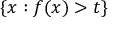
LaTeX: \{ x : f ( x ) > t \}